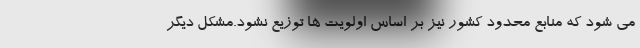
می شود که منابع محدود کشور نیز بر اساس اولویت ها توزیع نشود.مشکل دیگر